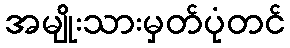
အမျိုးသားမှတ်ပုံတင်